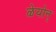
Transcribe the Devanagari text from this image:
ळेयोन्